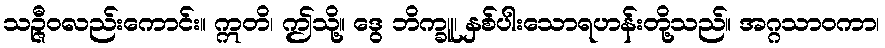
သဉ္ဇီဝလည်းကောင်း။ ဣတိ၊ ဤသို့။ ဒွေ ဘိက္ခူ၊ နှစ်ပါးသောရဟန်းတို့သည်။ အဂ္ဂသာဝကာ၊